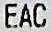
EAC